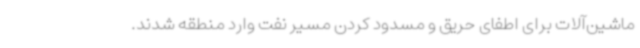
ماشین‌آلات برای اطفای حریق و مسدود کردن مسیر نفت وارد منطقه شدند.